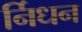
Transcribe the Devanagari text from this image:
र्निधन